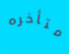
متأخره